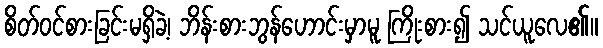
စိတ်ဝင်စားခြင်းမရှိခဲ့၊ ဘိန်းစားဘွန်ဟောင်းမှာမူ ကြိုးစား၍ သင်ယူလေ၏။